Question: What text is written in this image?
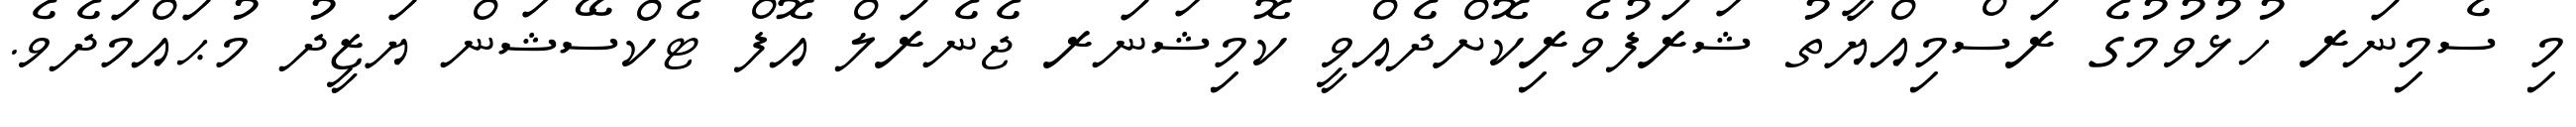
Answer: މި ސެމިނަރ ހުޅުވުމުގެ ރަސްމިއްޔާތު ޝަރަފުވެރިކޮށްދެއްވީ ކޮމިޝަނަރ ޖެނެރަލް އޮފް ޓެކްސޭޝަން ޔަޒީދު މުޙައްމަދެވެ.